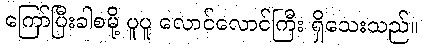
ကြော်ပြီးခါစမို့ ပူပူ လောင်လောင်ကြီး ရှိသေးသည်။